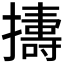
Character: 𢷬